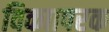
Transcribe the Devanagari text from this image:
विकाापरक